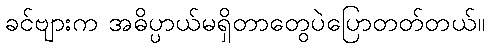
ခင်ဗျားက အဓိပ္ပာယ်မရှိတာတွေပဲပြောတတ်တယ်။